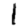
Digit: 1